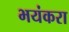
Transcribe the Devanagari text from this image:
भयंकरा